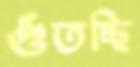
গুঁতচ্ছি